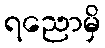
ရညောမှိ